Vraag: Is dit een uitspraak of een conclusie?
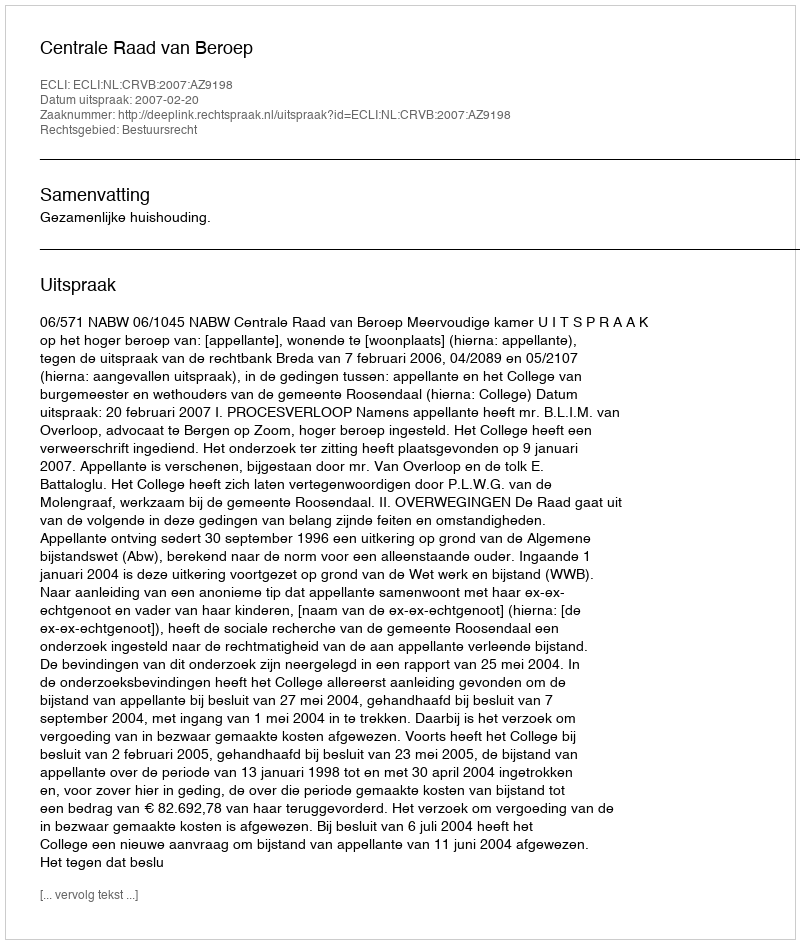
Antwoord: Uitspraak